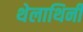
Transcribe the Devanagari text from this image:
थेलाथिनी